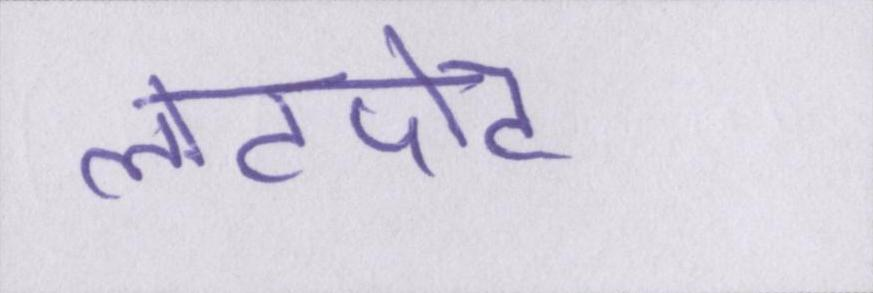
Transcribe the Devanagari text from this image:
लोटपोट